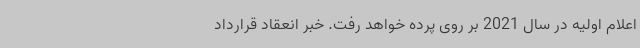
اعلام اولیه در سال 2021 بر روی پرده خواهد رفت. خبر انعقاد قرارداد